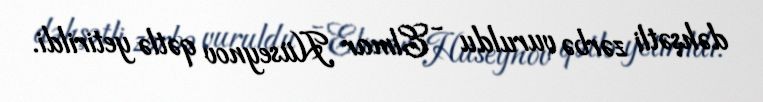
dəhşətli zərbə vuruldu - Elmar Hüseynov qətlə yetirildi.